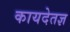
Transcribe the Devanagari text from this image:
कायदेतज्ञ